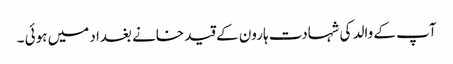
آپ کے والد کی شہادت ہارون کے قید خانے بغداد میں ہوئی ۔